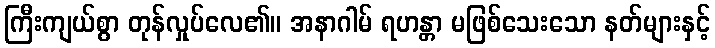
ကြီးကျယ်စွာ တုန်လှုပ်လေ၏။ အနာဂါမ် ရဟန္တာ မဖြစ်သေးသော နတ်များနှင့်